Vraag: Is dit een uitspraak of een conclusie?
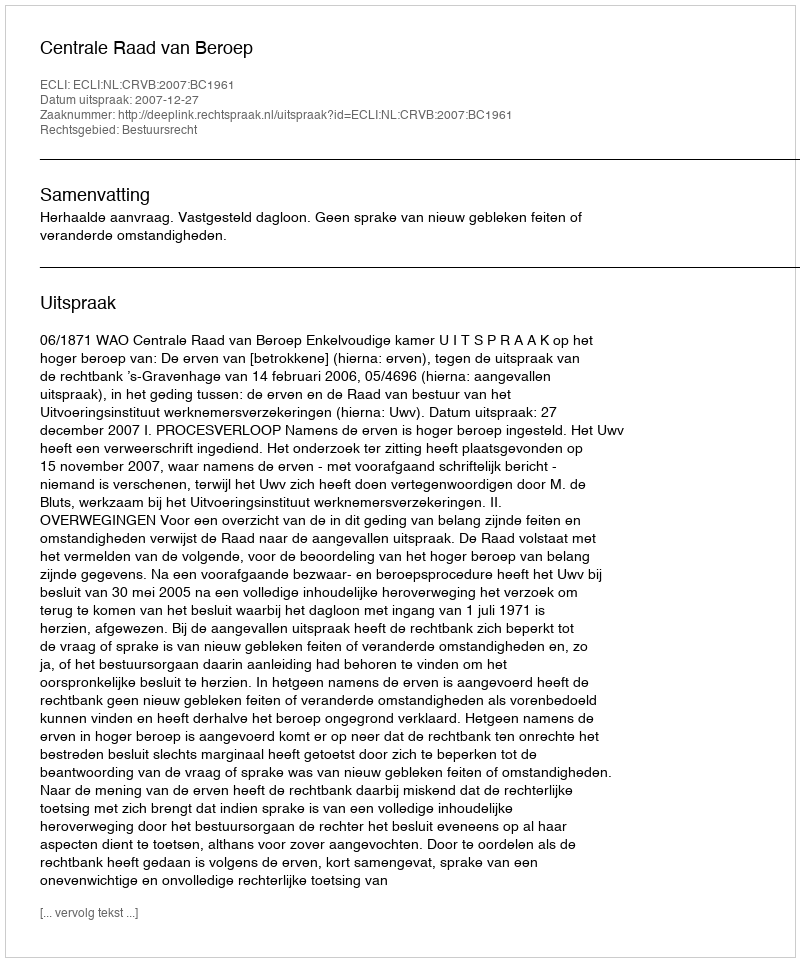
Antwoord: Uitspraak